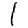
Digit: 1